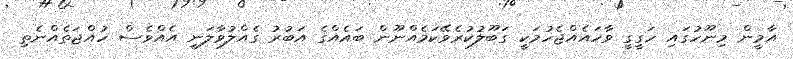
އާމީން މިނޫހުގައި ހަގީގީ ވާހައެއްޖެހުމަކީ ގަބޫލުކުރެވޭކަމެއްނޫން ބައެއްގެ އަބުރު ގެއްލުވާލަނީ އެއްވެސް ހުއްޖަތެއްނެތި